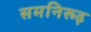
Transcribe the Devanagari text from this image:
समनिरूढ़